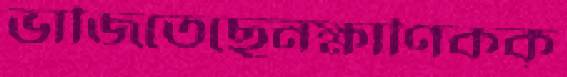
ভাজিতেছেনক্ষাণিকক্